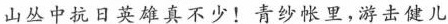
山丛中抗日英雄真不少！青纱帐里，游击健儿